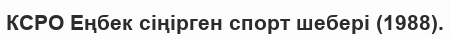
КСРО Еңбек сіңірген спорт шебері (1988).